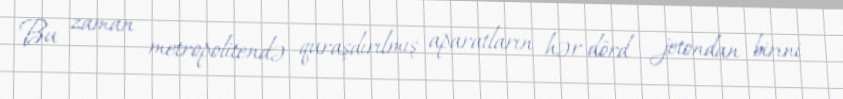
Bu zaman metropolitendə quraşdırılmış aparatların hər dörd jetondan birini